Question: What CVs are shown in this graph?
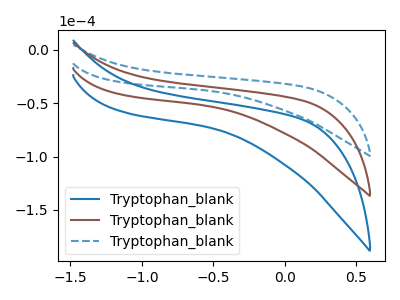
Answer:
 <answer>The blue curve is labeled "Tryptophan_blank1". The brown curve is labeled "Tryptophan_blank2". The blue dashed curve is labeled "Tryptophan_blank3".</answer>
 <eval></eval>